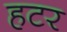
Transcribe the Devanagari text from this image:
हटर